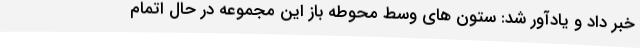
خبر داد و یادآور شد: ستون های وسط محوطه باز این مجموعه در حال اتمام